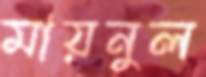
মায়নুল